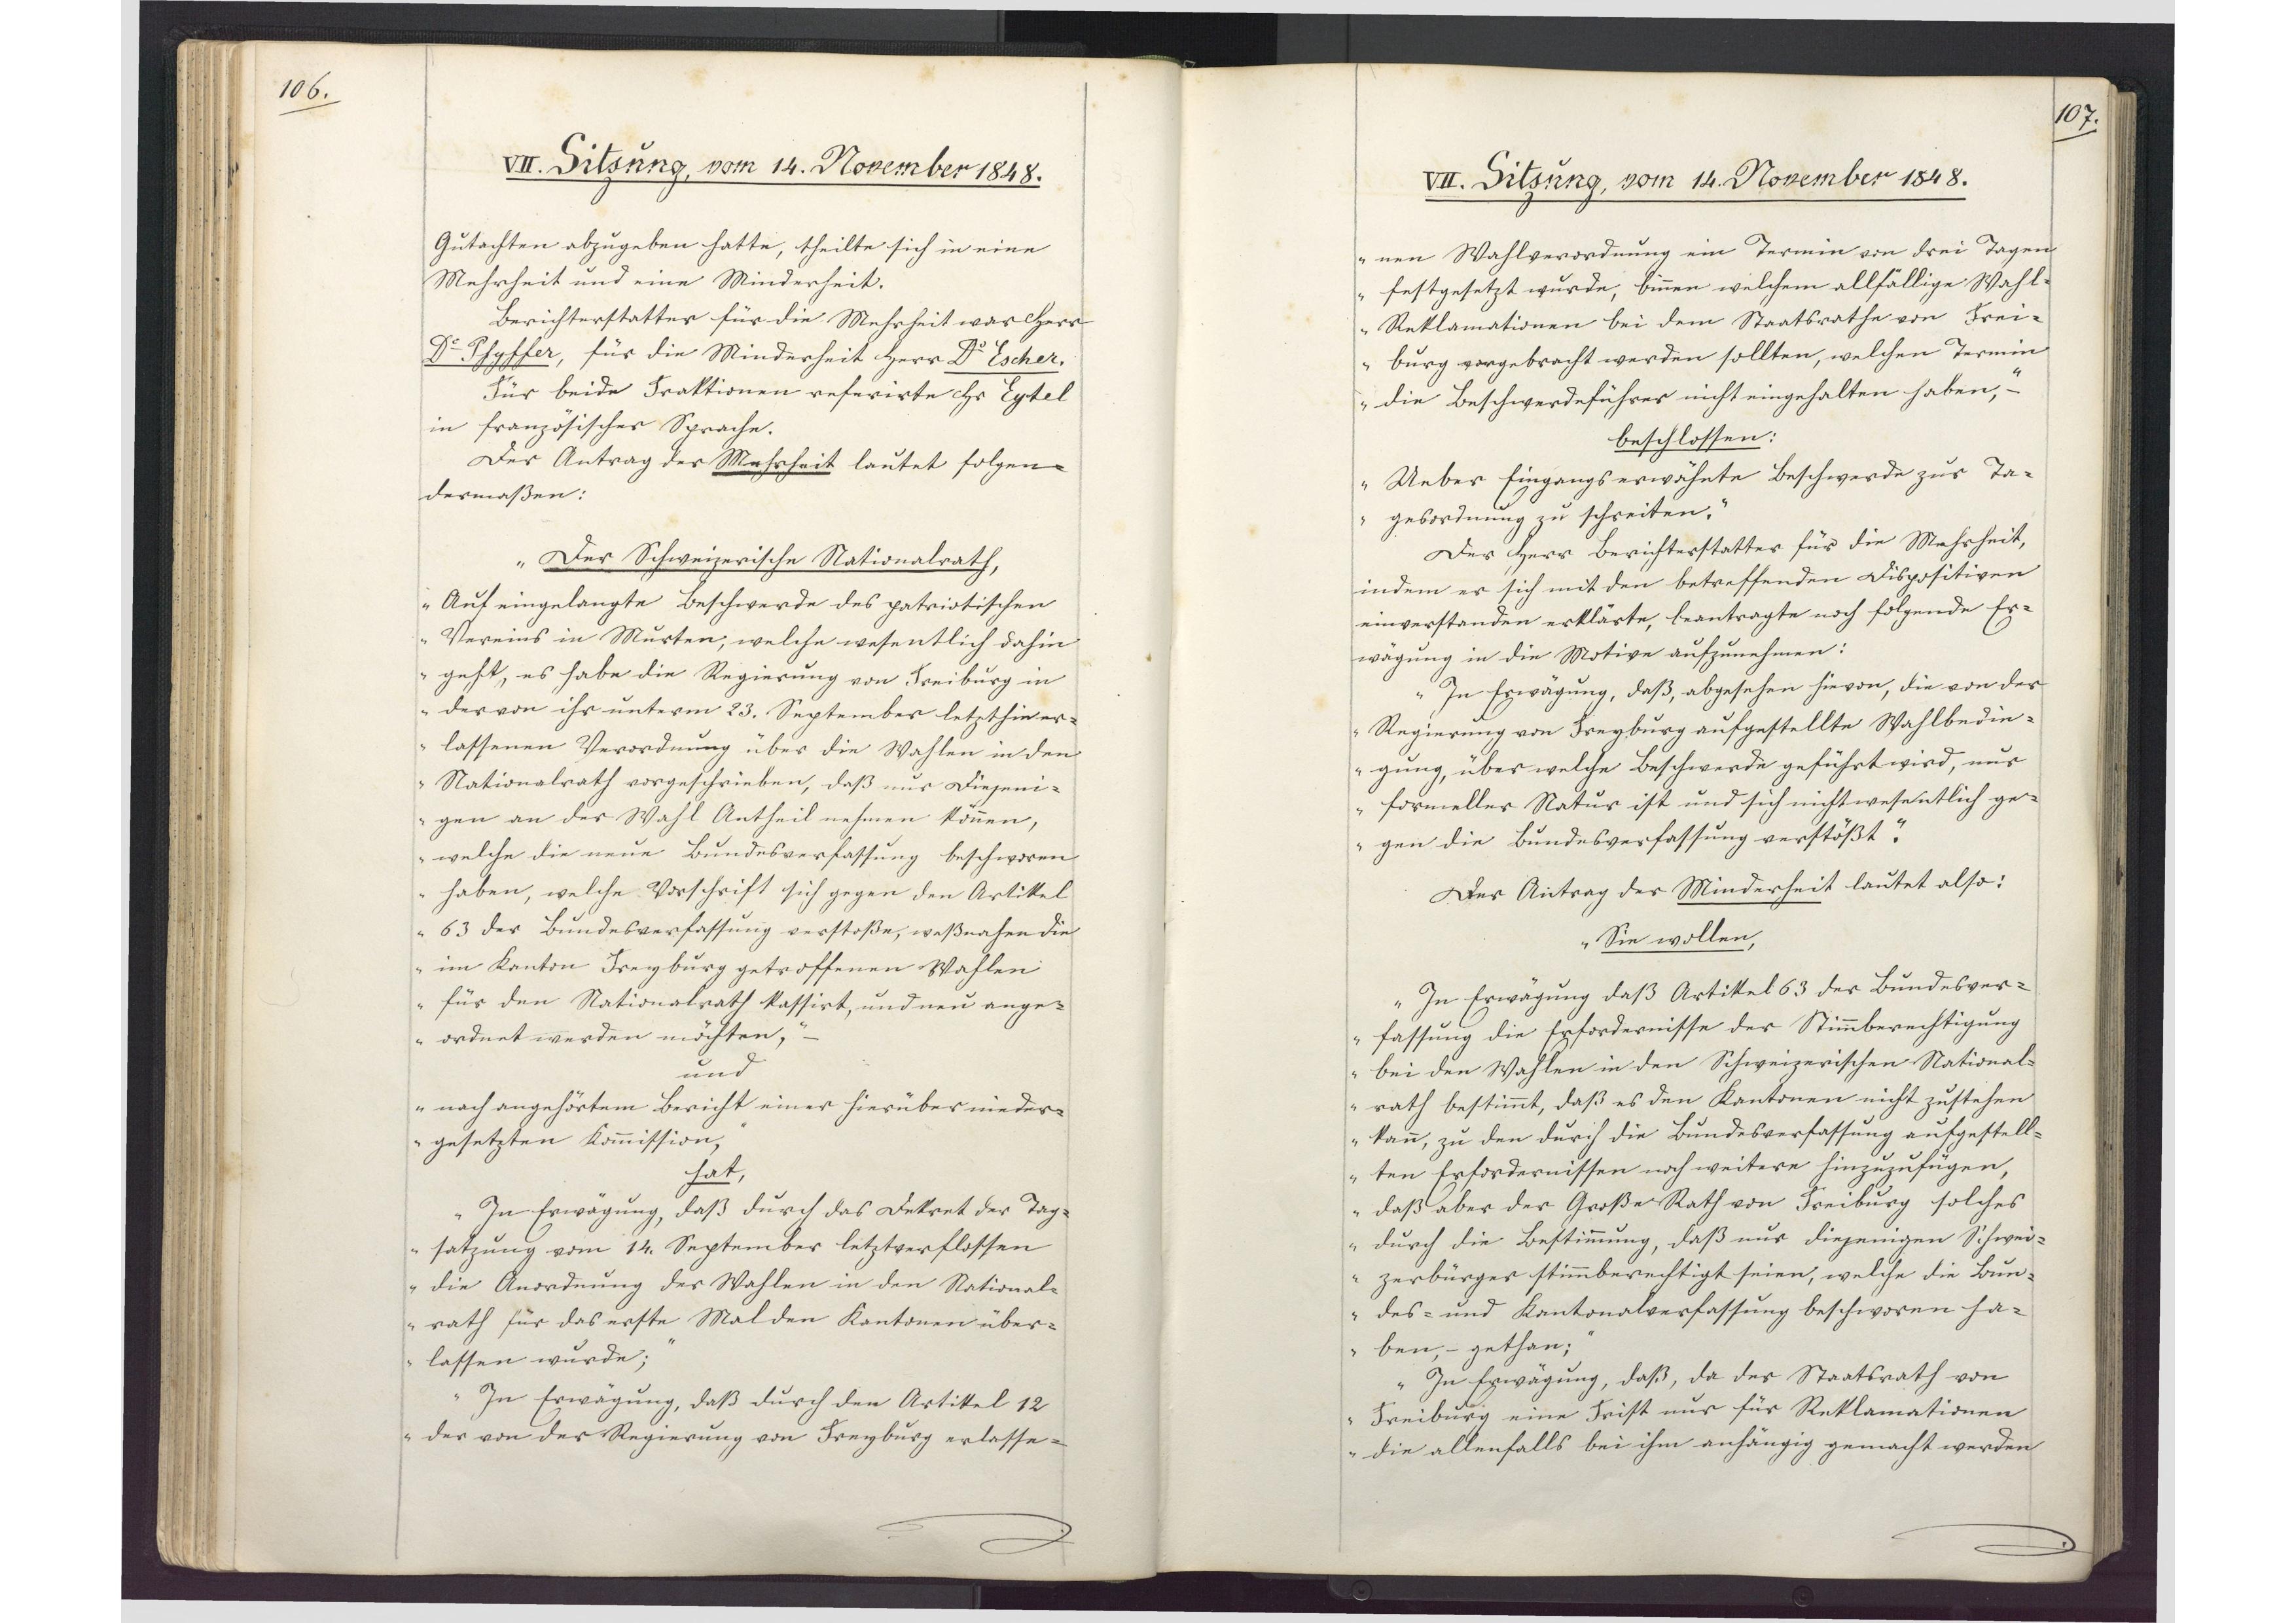
106.

VII. Sitzung, vom 14. November 1848.

Gutachten abzugeben hatte, theilte sich in eine
Mehrheit und eine Minderheit.
Berichterstatter für die Mehrheit war Herr
Dr. Pfyffer, für die Minderheit Herr Dr. Escher.
Für beide Fraktionen referirte Hr Eytel
in französischer Sprache.
Der Antrag der Mehrheit lautet folgen¬
dermaßen:
"Der Schweizerische Nationalrath,
Auf eingelangte Beschwerde des patriotischen
Vereins in Murten, welche wesentlich dahin
geht, es habe die Regierung von Freiburg in
der von ihr unterm 23. September letzthin er¬
lassenen Verordnung über die Wahlen in den
Nationalrath vorgeschrieben, daß nur Diejeni¬
gen an der Wahl Antheil nehmen können,
welche die neue Bundesverfassung beschworen
haben, welche Vorschrift sich gegen den Artikel
63 der Bundesverfassung verstoße, weßnahen die
im Kanton Freyburg getroffenen Wahlen
für den Nationalrath kassirt, und neu ange¬
ordnet werden möchten,"
und
"nach angehörtem Bericht einer hierüber nieder¬
gesetzten Kommission,"
hat
"In Erwägung, daß durch das Dekret der Tag¬
satzung vom 14. September letztverflossen
die Anordnung der Wahlen in den National¬
rath für das erste Mal den Kantonen über¬
lassen wurde;
In Erwägung, daß durch den Artikel 12
der von der Regierung von Freyburg erlasse¬

107.

VII. Sitzung, vom 14. November 1848.

nen Wahlverordnung ein Termin von drei Tagen
festgesetzt wurde, binnen welchem allfällige Wahl¬
Reklamationen bei dem Staatsrathe von Frei¬
burg vorgebracht werden sollten, welchen Termin
die Beschwerdeführer nicht eingehalten haben," -
beschlossen:
"Ueber Eingangs erwähnte Beschwerde zur Ta¬
gesordnung zu schreiten."
Der Herr Berichterstatter für die Mehrheit,
indem er sich mit den betreffenden Dispositiven
einverstanden erklärte, beantragte noch folgende Er¬
wägung in die Motive aufzunehmen:
"In Erwägung, daß, abgesehen hievon, die von der
Regierung von Freyburg aufgestellte Wahlbedin¬
gung, über welche Beschwerde geführt wird, nur
formeller Natur ist und sich nicht wesentlich ge¬
gen die Bundesverfassung verstößt."
Der Antrag der Minderheit lautet also:
"Sie wollen,
In Erwägung daß Artikel 63 der Bundesver¬
fassung die Erfordernisse der Stimmberechtigung
bei den Wahlen in den Schweizerischen National¬
rath bestimmt, daß es den Kantonen nicht zustehen
kann, zu den durch die Bundesverfassung aufgestell¬
ten Erfordernissen noch weitere hinzuzufügen,
daß aber der Große Rath von Freiburg solches
durch die Bestimmung, daß nur diejenigen Schwei¬
zerbürger stimmberechtigt seien, welche die Bun¬
des- und Kantonalverfassung beschworen ha¬
ben, gethan;
In Erwägung, daß, da der Staatsrath von
Freiburg eine Frist nur für Reklamationen
die allenfalls bei ihm anhängig gemacht werden